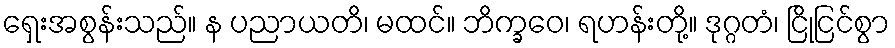
ရှေးအစွန်းသည်။ န ပညာယတိ၊ မထင်။ ဘိက္ခဝေ၊ ရဟန်းတို့။ ဒုဂ္ဂတံ၊ ငြိုငြင်စွာ